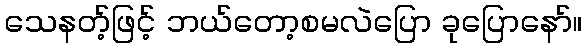
သေနတ့်ဖြင့် ဘယ်တော့စမလဲပြော ခုပြောနော်။